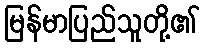
မြန်မာပြည်သူတို့၏